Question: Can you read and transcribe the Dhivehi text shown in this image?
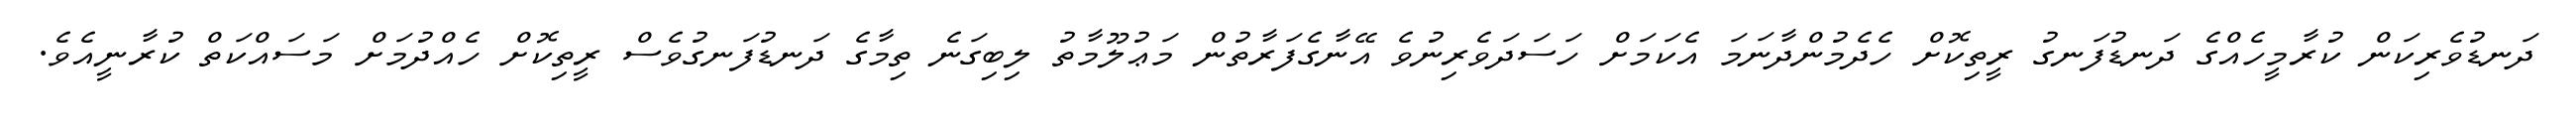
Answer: ދަނޑުވެރިކަން ކުރާމީހެއްގެ ދަނޑުފަނގު ރީތިކޮށް ހެދެމުންދާނަމަ އެކަމަށް ހަސަދަވެރިނުވެ އޭނާގެފަރާތުން މަޢުލޫމާތު ލިބިގަނެ ތިމާގެ ދަނޑުފަނގުވެސް ރީތިކޮށް ހެއްދުމަށް މަސައްކަތް ކުރާނީއެވެ.